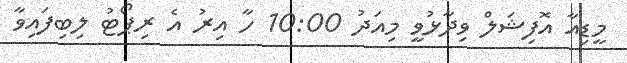
މީޑިއާ އޮފިޝަލް ވިދާޅުވީ މިއަދު 10:00 ހާ އިރު އެ ރިޕޯޓު ލިބިފައިވާ